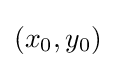
\left(x_{0},y_{0}\right)